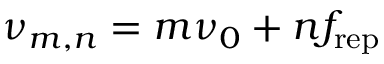
\nu _ { m , n } = m \nu _ { 0 } + n f _ { \mathrm { r e p } }